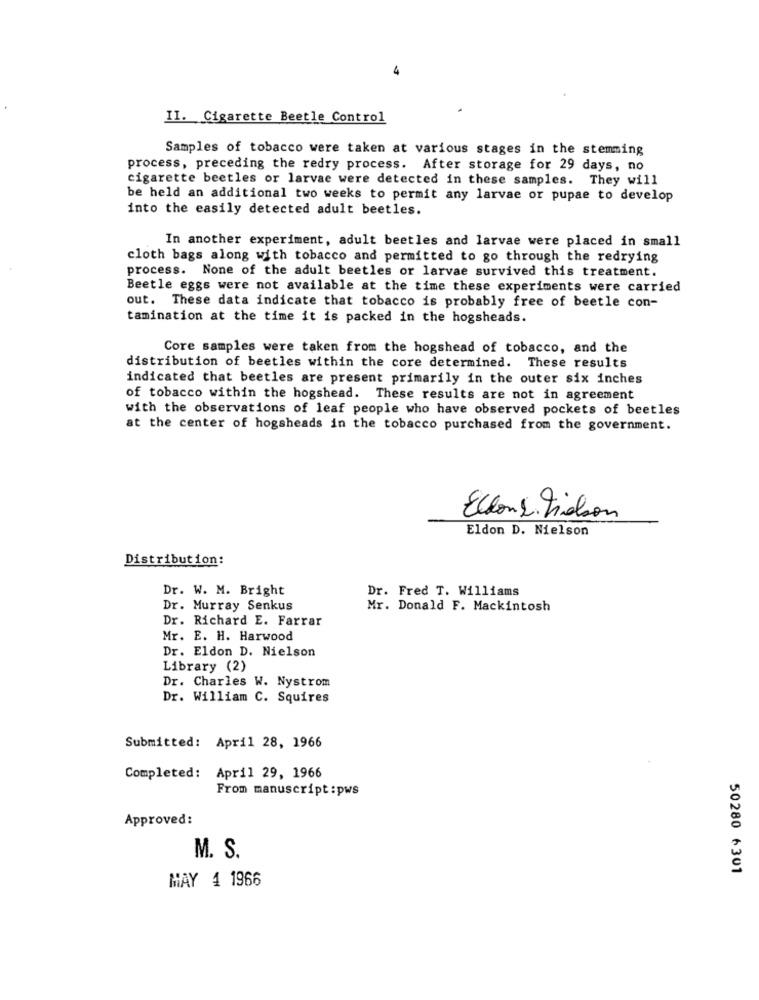
II. Cigarette Beetle Control
Samples of tobacco were taken at various stages in the stemming
process, preceding the redry process. After storage for 29 days, no
cigarette beetles or larvae were detected in these samples. They will
be held an additional two weeks to permit any larvae or pupae to develop
into the easily detected adult beetles.
In another experiment, adult beetles and larvae were placed in small
cloth bags along with tobacco and permitted to go through the redrying
process. None of the adult beetles or larvae survived this treatment.
Beetle eggs were not available at the time these experiments were carried
out. These data indicate that tobacco is probably free of beetle con-
tamination at the time it is packed in the hogsheads.
Core samples were taken from the hogshead of tobacco, and the
distribution of beetles within the core determined. These results
indicated that beetles are present primarily in the outer six inches
of tobacco within the hogshead. These results are not in agreement
with the observations of leaf people who have observed pockets of beetles
at the center of hogsheads in the tobacco purchased from the government.
Ellone Viason
Eldon D. Nielson
Distribution:
Dr. W. M. Bright
Dr. Fred T. Williams
Dr. Murray Senkus
Mr. Donald F. Mackintosh
Dr. Richard E. Farrar
Mr. E. H. Harwood
Dr. Eldon D. Nielson
Library (2)
Dr. Charles W. Nystrom
Dr. William C. Squires
Submitted: April 28, 1966
Completed: April 29, 1966
From manuscript:pws
Approved:
M. S.
50280 6301
MAY 4 1966